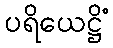
ပရိယေဋ္ဌိံ